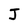
Character: J